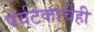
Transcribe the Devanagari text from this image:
पर्यटकांचेही